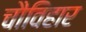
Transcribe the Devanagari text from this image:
चौविहार